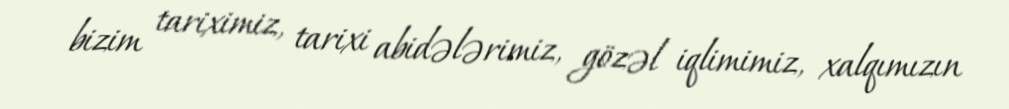
bizim tariximiz, tarixi abidələrimiz, gözəl iqlimimiz, xalqımızın